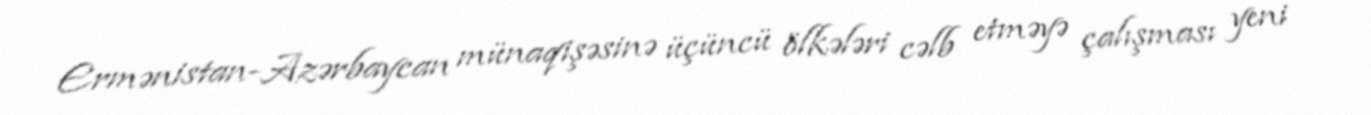
Ermənistan-Azərbaycan münaqişəsinə üçüncü ölkələri cəlb etməyə çalışması yeni